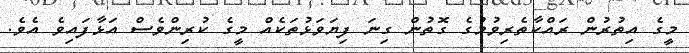
މީގެ އިތުރުން ރައްކާތެރިވުމުގެ ގޮތުން ގިނަ ފިޔަވަޅުތަކެއް މީގެ ކުރިންވެސް އަޅާފައިވެ އެެވެ.